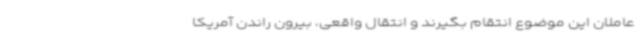
عاملان این موضوع انتقام بگیرند و انتقال واقعی، بیرون راندن آمریکا